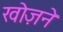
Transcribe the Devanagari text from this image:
खोज़ने